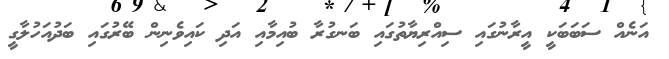
އަނެއް ސަބަބަކީ އީރާނުގައި ސިއްރިޔާތުގައި ބަނގުރާ ބުއިމާއި އަދި ކައިވެނިން ބޭރުގައި ބަދުއަހުލާގީ